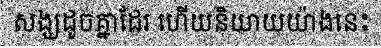
សង្ឃដូចគ្នាដែរ ហើយនិយាយយ៉ាងនេះ